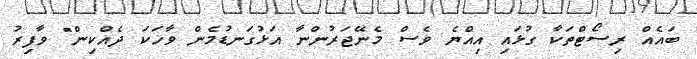
ބައެއް ރިސޯޓްތަކާ ގުޅައި އިއްޔެ ވެސް މެނޭޖަރުންނާ އަޅުގަނޑުމެން ވާހަކަ ދެއްކިން" ވާފިރު